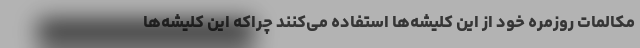
مکالمات روزمره خود از این کلیشه‌ها استفاده می‌کنند چراکه این کلیشه‌ها